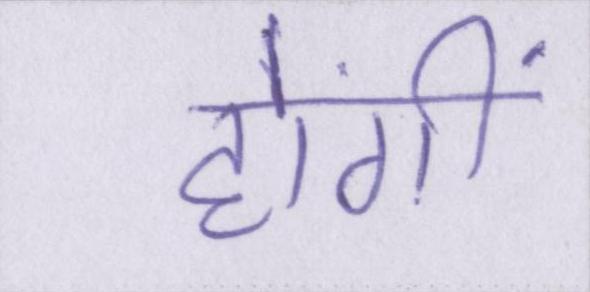
होंगीं